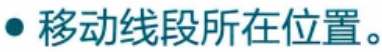
移动线段所在位置。